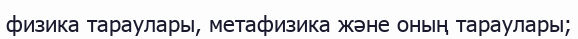
физика тараулары, метафизика және оның тараулары;